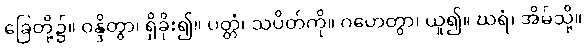
ခြေတို့၌။ ဝန္ဒိတွာ၊ ရှိခိုး၍။ ပတ္တံ၊ သပိတ်ကို။ ဂဟေတွာ၊ ယူ၍။ ဃရံ၊ အိမ်သို့။